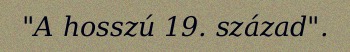
"A hosszú 19. század".